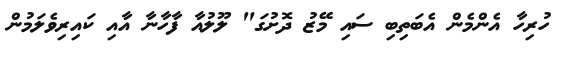
ހުރިހާ އެންމެން އެބަތިބި ސައި މޭޒު ދޮށުގަ" ލޫލުއާ ފާހާނާ އާއި ކައިރިވެލަމުން